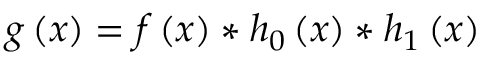
g \left( x \right) = f \left( x \right) * h _ { 0 } \left( x \right) * h _ { 1 } \left( x \right)